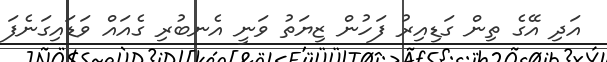
އަދި އޭގެ ތިން ގަޑިއިރު ފަހުން ޒިޔަތު ވަނީ އެނބުރި ގެއައް ވަޑައިގަނެފަ